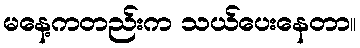
မနေ့ကတည်းက သယ်ပေးနေတာ။